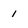
Character: 1